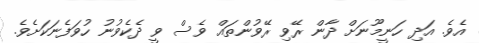
އެވެ. އަދި ހަނީމޫނަށް ދާން ރޭވި ރޭވުންތައް ވެސް ވީ ދެކެވުނު ހުވަފެނަކަށެވެ.